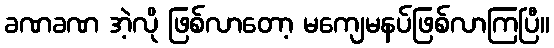
ခဏခဏ အဲ့လို ဖြစ်လာတော့ မကျေမနပ်ဖြစ်လာကြပြီ။